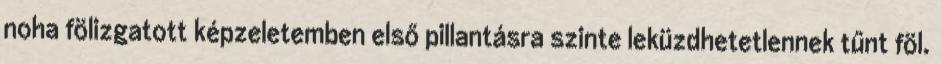
noha fölizgatott képzeletemben első pillantásra szinte leküzdhetetlennek tűnt föl.